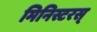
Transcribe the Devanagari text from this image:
मिनिस्टरस्